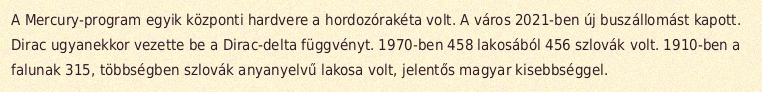
A Mercury-program egyik központi hardvere a hordozórakéta volt. A város 2021-ben új buszállomást kapott. Dirac ugyanekkor vezette be a Dirac-delta függvényt. 1970-ben 458 lakosából 456 szlovák volt. 1910-ben a falunak 315, többségben szlovák anyanyelvű lakosa volt, jelentős magyar kisebbséggel.